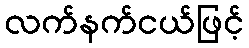
လက်နက်ငယ်ဖြင့်